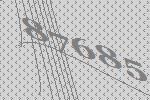
87685